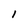
Character: l